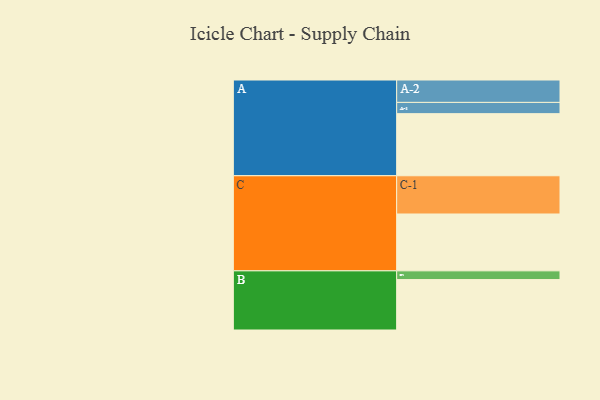
{"axis": {"x": "Segment", "y": "Value"}, "legend": ["", "A", "B", "C"], "data": [{"x": "A", "y": 463, "type": ""}, {"x": "B", "y": 376, "type": ""}, {"x": "C", "y": 424, "type": ""}, {"x": "A-1", "y": 84, "type": "A"}, {"x": "A-2", "y": 167, "type": "A"}, {"x": "B-1", "y": 65, "type": "B"}, {"x": "C-1", "y": 285, "type": "C"}]}